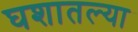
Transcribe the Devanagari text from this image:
घशातल्या